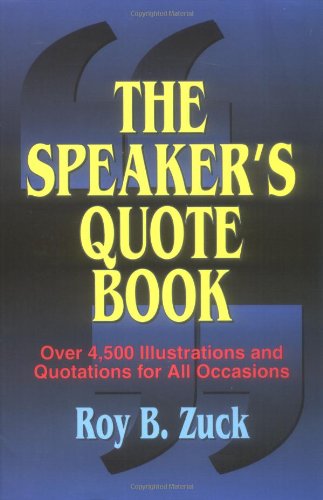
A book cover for The Speaker's Quote Book: Over 4,500 Illustrations and Quotations for All Occasions; Christian Books & Bibles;